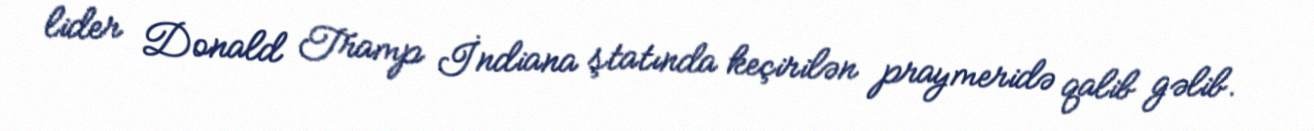
lider Donald Tramp İndiana ştatında keçirilən praymeridə qalib gəlib.